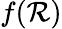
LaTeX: f(\mathcal{R})